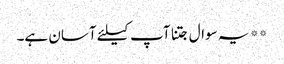
** یہ سوال جتنا آپ کیلئے آسان ہے۔